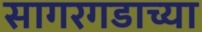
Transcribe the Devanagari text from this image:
सागरगडाच्या